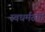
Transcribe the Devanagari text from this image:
स्वधर्मरुपी